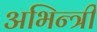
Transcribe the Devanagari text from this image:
अभिन्त्री